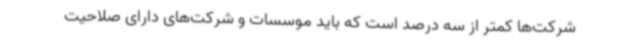
شرکت‌ها کمتر از سه درصد است که باید موسسات و شرکت‌های دارای صلاحیت